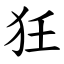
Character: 狅